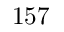
1 5 7